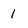
Character: l